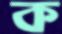
ক